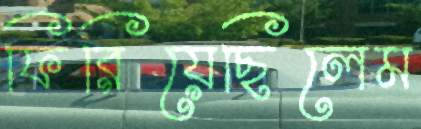
ফিরিয়েছিলেম